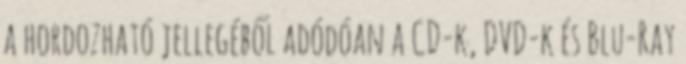
a hordozható jellegéből adódóan a CD-k, DVD-k és Blu-Ray